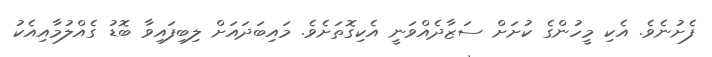
ފެށުނެވެ. އެކި މީހުންގެ ކުށަށް ސަޒާދެއްވަނީ އެކިގޮތަށެވެ. މައިބަދައަށް ލިބިފައިވާ ބޮޑު ގެއްލުމާއިއެކު